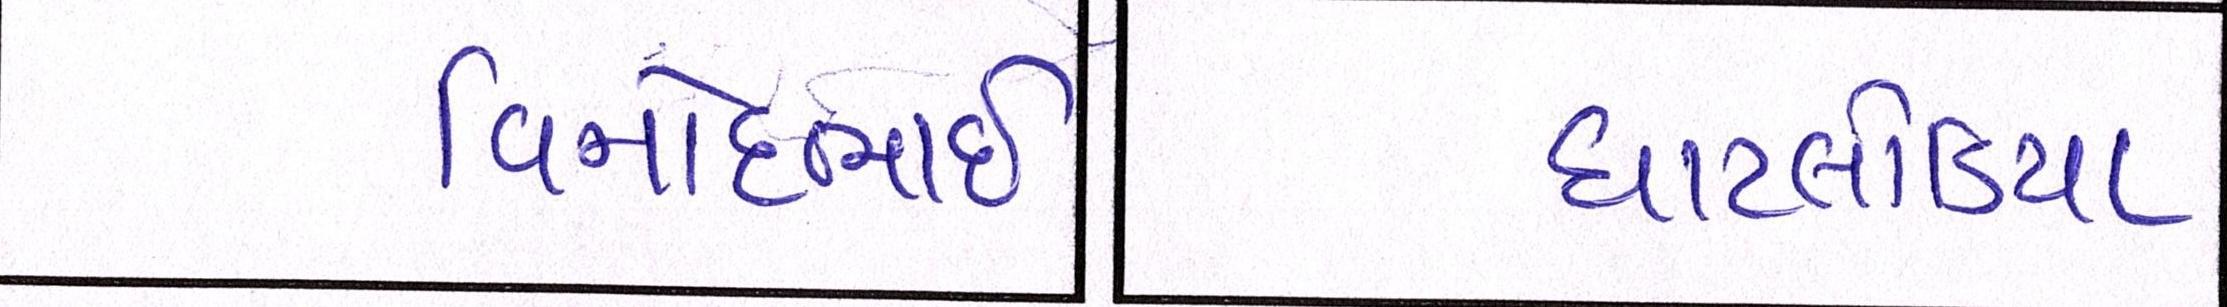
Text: વિનોદભાઈ